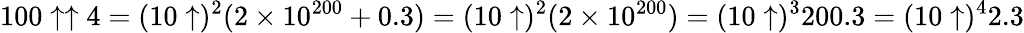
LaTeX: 100\uparrow\uparrow 4=(10\uparrow)^{2}(2\times 10^{200}+0.3)=(10\uparrow)^{2}(2\times 10^{200})=(10\uparrow)^{3}200.3=(10\uparrow)^{4}2.3